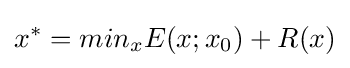
x^{*}=min_{x}E(x;x_{0})+R(x)